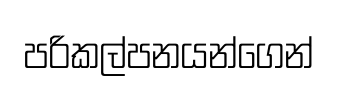
පරිකල්පනයන්ගෙන්